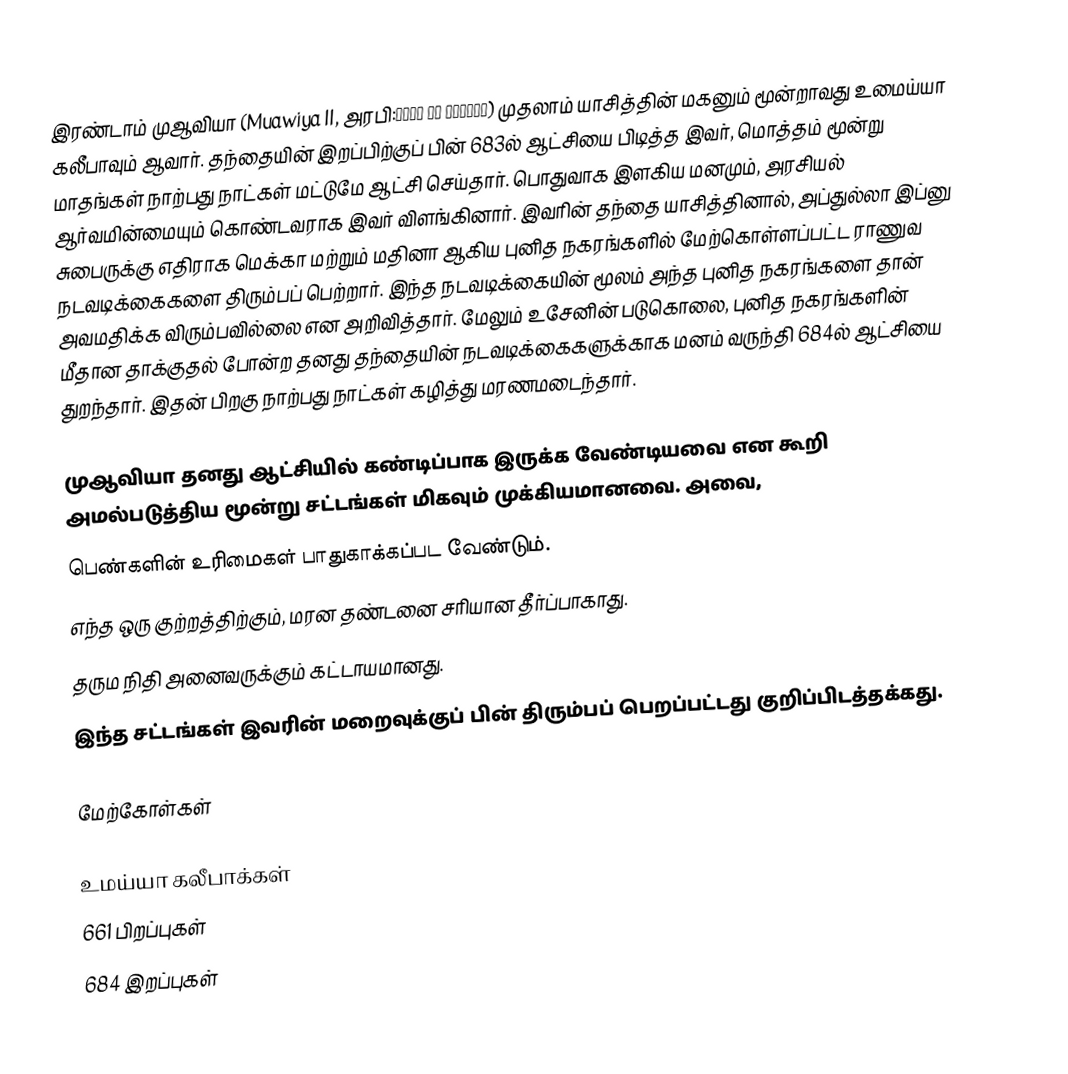
இரண்டாம் முஆவியா (Muawiya II, அரபி:معاوية بن يزيد) முதலாம் யாசித்தின் மகனும் மூன்றாவது உமைய்யா கலீபாவும் ஆவார். தந்தையின் இறப்பிற்குப் பின் 683ல் ஆட்சியை பிடித்த இவர், மொத்தம் மூன்று மாதங்கள் நாற்பது நாட்கள் மட்டுமே ஆட்சி செய்தார். பொதுவாக இளகிய மனமும், அரசியல் ஆர்வமின்மையும் கொண்டவராக இவர் விளங்கினார். இவரின் தந்தை யாசித்தினால், அப்துல்லா இப்னு சுபைருக்கு எதிராக மெக்கா மற்றும் மதினா ஆகிய புனித நகரங்களில் மேற்கொள்ளப்பட்ட ராணுவ நடவடிக்கைகளை திரும்பப் பெற்றார். இந்த நடவடிக்கையின் மூலம் அந்த புனித நகரங்களை தான் அவமதிக்க விரும்பவில்லை என அறிவித்தார். மேலும் உசேனின் படுகொலை, புனித நகரங்களின் மீதான தாக்குதல் போன்ற தனது தந்தையின் நடவடிக்கைகளுக்காக மனம் வருந்தி 684ல் ஆட்சியை துறந்தார். இதன் பிறகு நாற்பது நாட்கள் கழித்து மரணமடைந்தார்.

முஆவியா தனது ஆட்சியில் கண்டிப்பாக இருக்க வேண்டியவை என கூறி அமல்படுத்திய மூன்று சட்டங்கள் மிகவும் முக்கியமானவை. அவை,
பெண்களின் உரிமைகள் பாதுகாக்கப்பட வேண்டும்.
எந்த ஒரு குற்றத்திற்கும், மரன தண்டனை சரியான தீர்ப்பாகாது.
தரும நிதி அனைவருக்கும் கட்டாயமானது.
இந்த சட்டங்கள் இவரின் மறைவுக்குப் பின் திரும்பப் பெறப்பட்டது குறிப்பிடத்தக்கது.

மேற்கோள்கள்

உமய்யா கலீபாக்கள்
661 பிறப்புகள்
684 இறப்புகள்